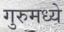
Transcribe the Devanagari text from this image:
गुरुमध्ये